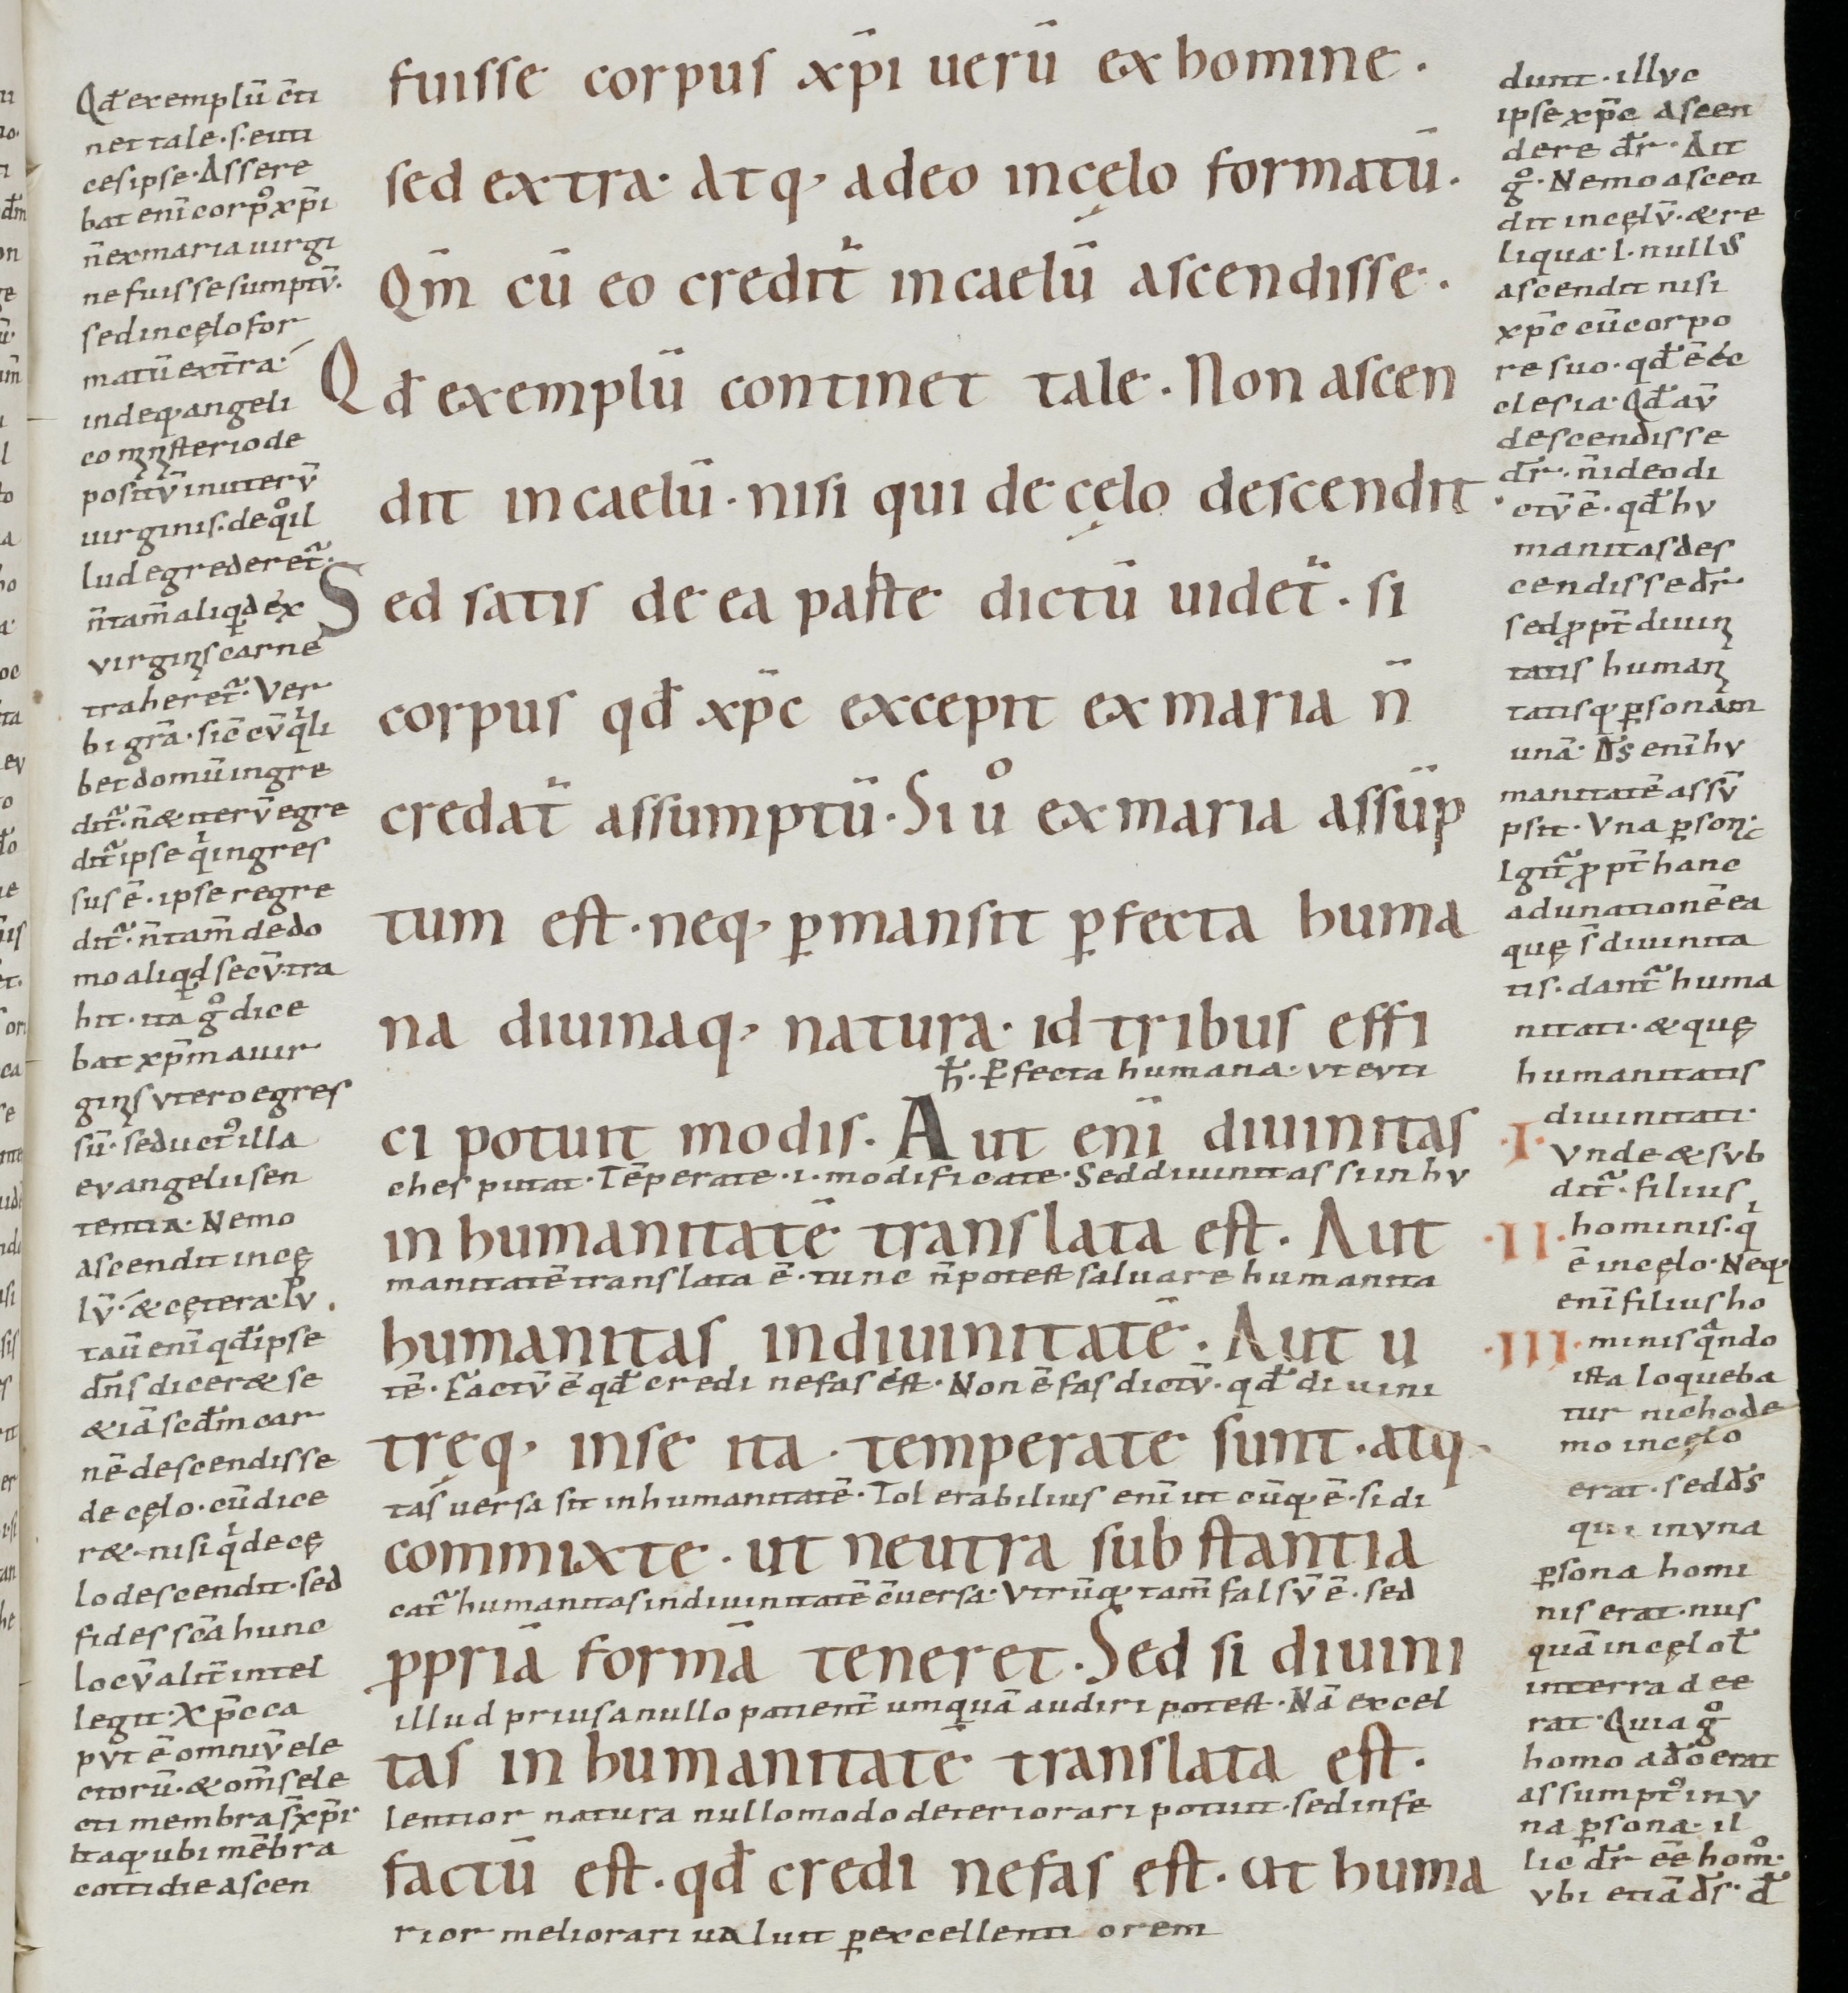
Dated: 900–999